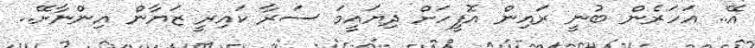
އޭ.. އަހަރެން ބުނީ ރައިން އޮފީހަށް ދިޔައީމަ ސަރާ ކައިރީ ޒަޔާން އިންނާށޭ..